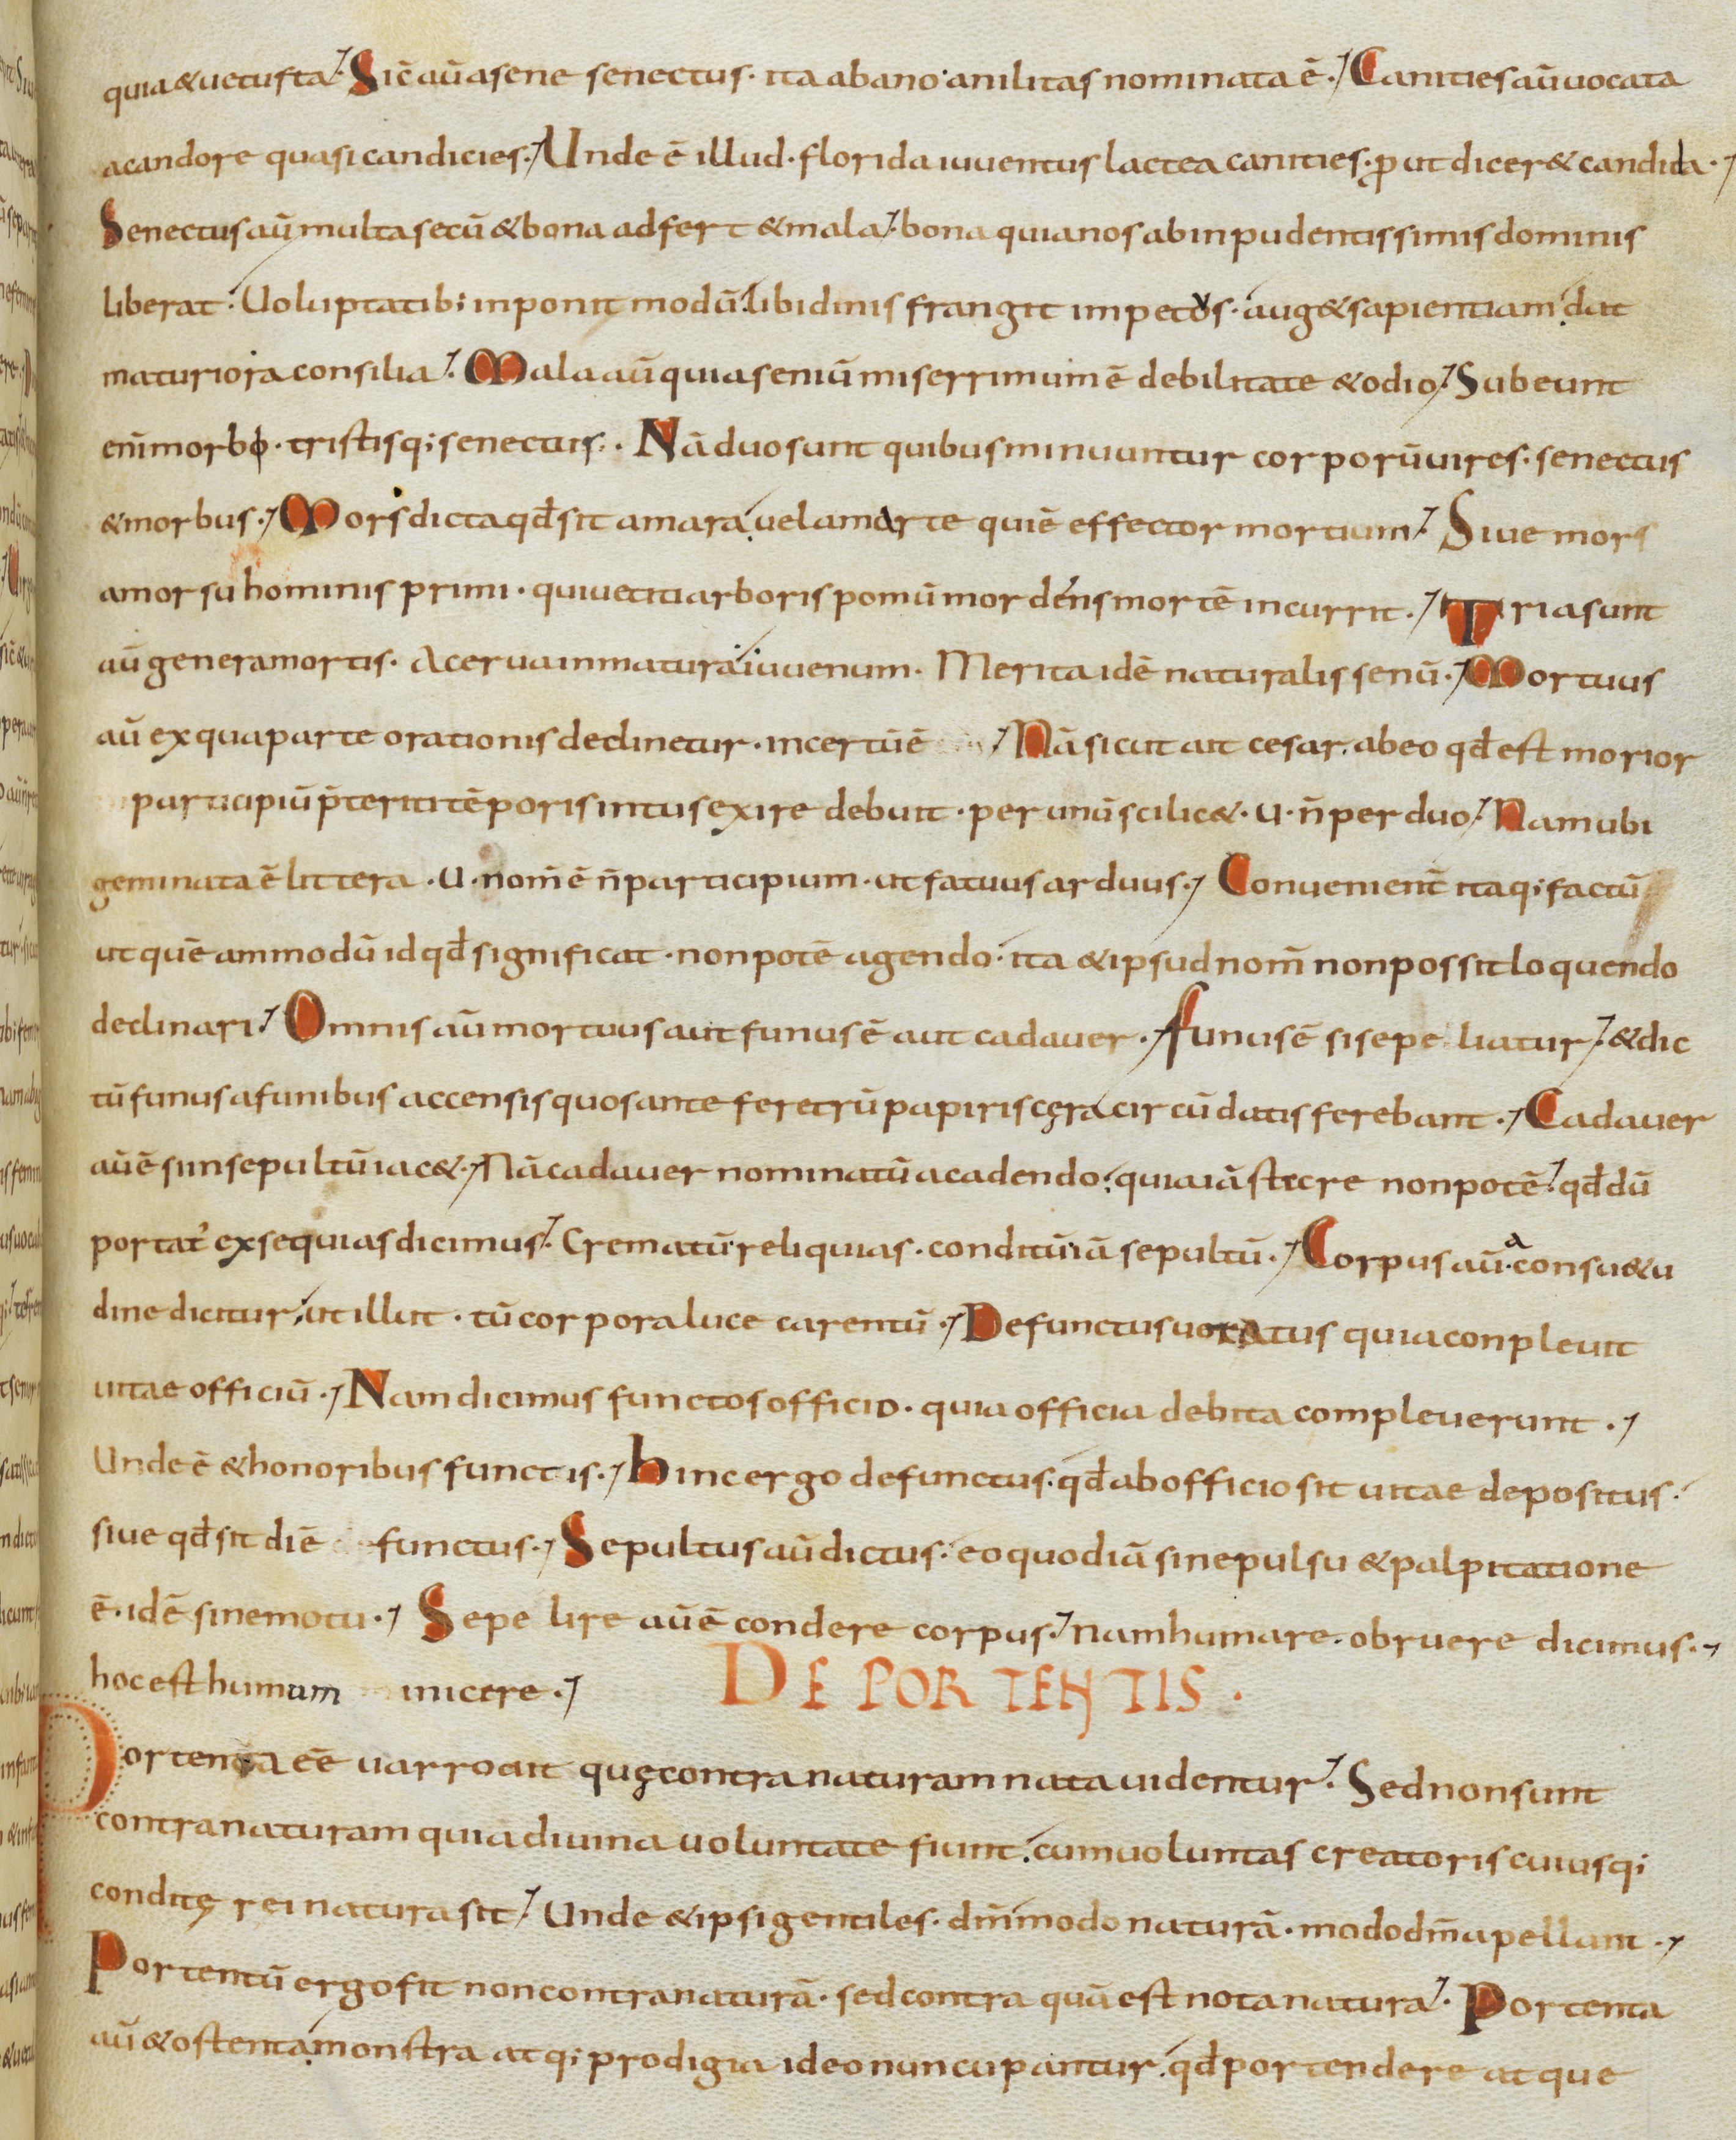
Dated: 833–865